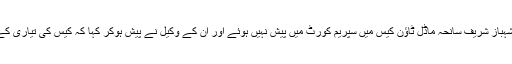
نیب کے زیر حراست شہباز شریف سانحہ ماڈل ٹاؤن کیس میں سپریم کورٹ میں پیش نہیں ہوئے اور ان کے وکیل نے پیش ہوکر کہا کہ کیس کی تیاری کے لیے وقت درکار ہے۔